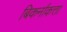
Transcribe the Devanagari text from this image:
बिकर्नाकत्ता